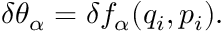
\delta \theta _ { \alpha } = \delta f _ { \alpha } ( q _ { i } , p _ { i } ) .